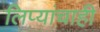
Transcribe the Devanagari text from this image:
लिप्यांचाही